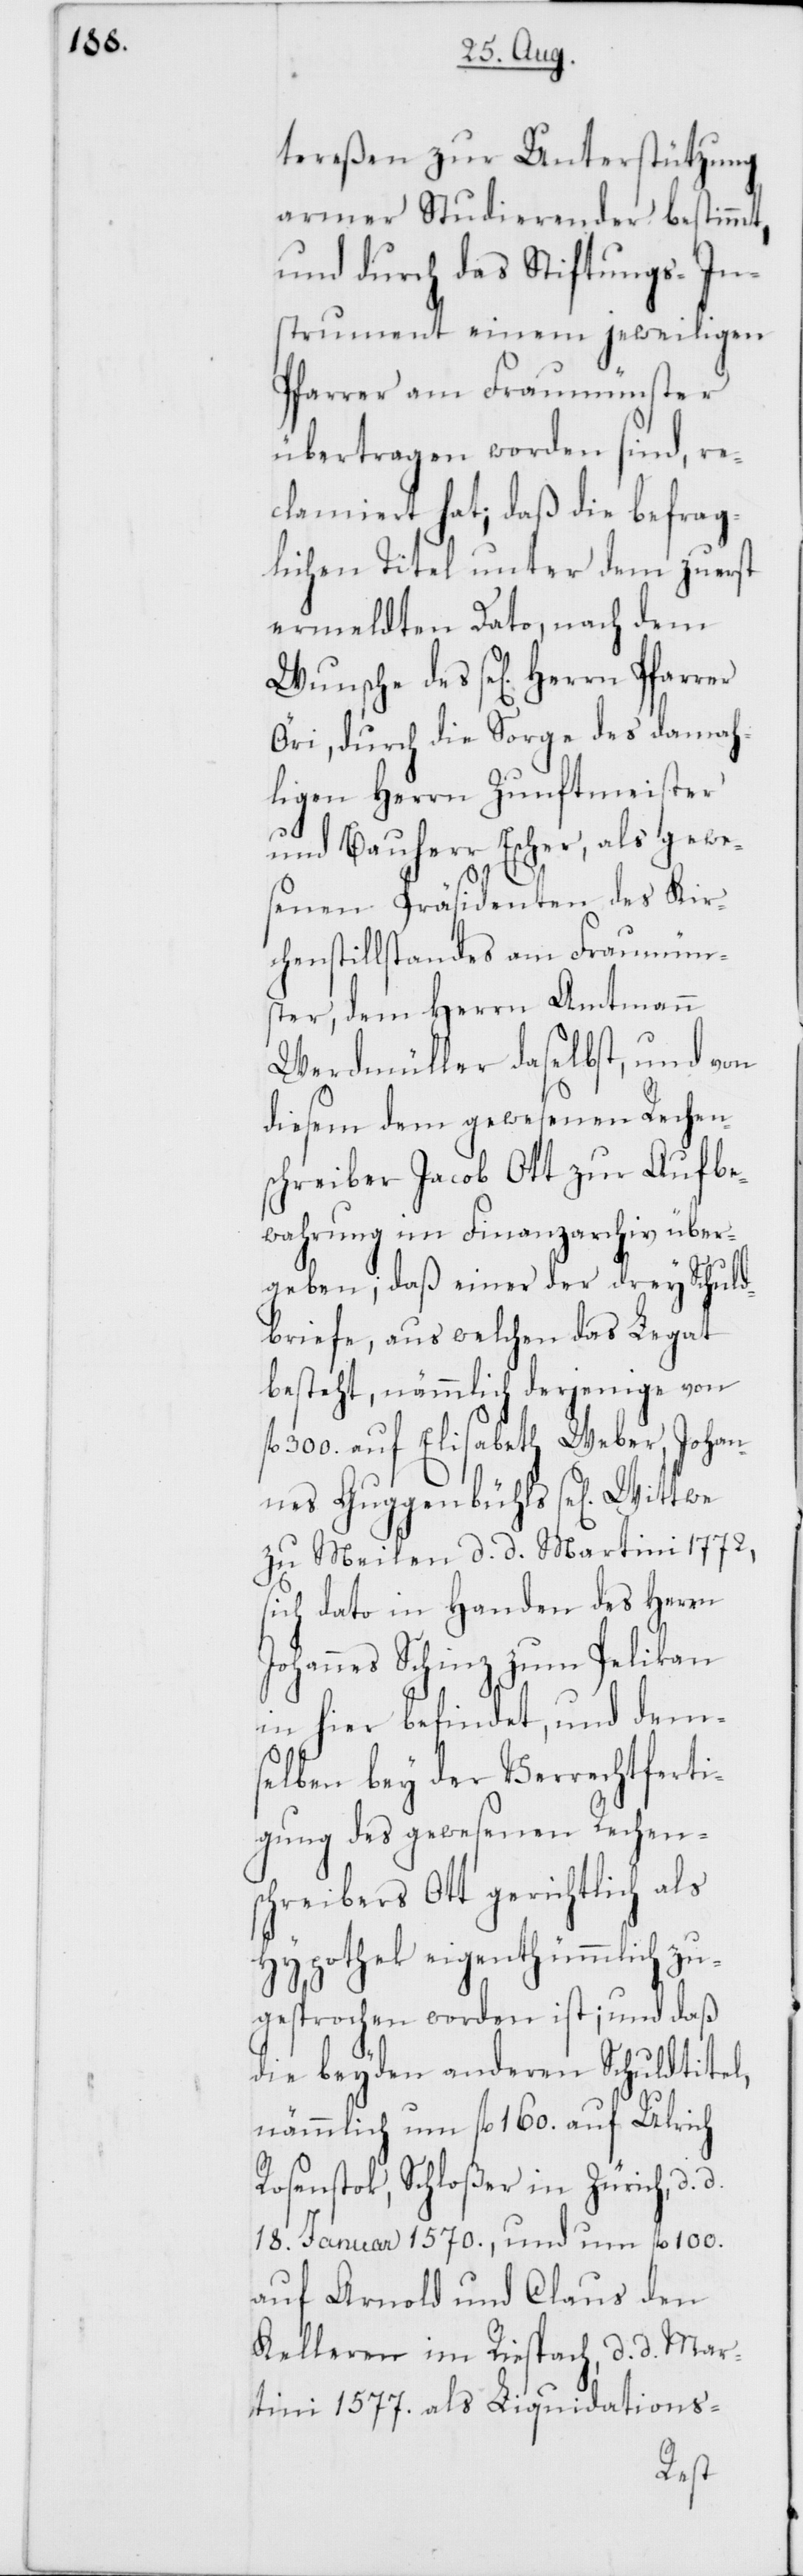
tereßen zur Unterstützung
armer Studierender bestimmt,
und durch das Stiftungs-In¬
strument einem jeweiligen
Pfarrer am Fraumünster
übertragen worden sind, re¬
clamiert hat; daß die befrag¬
lichen Titel unter dem zuerst
ermeldten Dato, nach dem
Wunsche des sel. Herrn Pfarrer
Öri, durch die Sorge des damah¬
ligen Herrn Zunftmeister
und Bauherr Escher, als gewe¬
senen Präsidenten des Kir¬
chenstillstandes am Fraumüns¬
ter, dem Herrn Amtmann
Werdmüller daselbst, und von
diesem dem gewesenen Rechen¬
schreiber Jacob Ott zur Aufbe¬
wahrung im Finanzarchiv über¬
geben; daß einer der drey Schuld¬
briefe, aus welchen das Legat
besteht, nämmlich derjenige von
300. auf Elisabeth Weber, Johan¬
nes Guggenbühls sel. Wittwe
zu Meilen d. d. Martini 1772,
sich dato in Handen des Herrn
Johannes Schinz zum Pelikan
in hier befindet, und dem¬
selben bey der Verrechtferti¬
gung des gewesenen Rechen¬
schreibers Ott gerichtlich als
Hypothek eigenthümmlich zu¬
gesprochen worden ist; und daß
die beyden anderen Schuldtitel,
nämmlich um fl. 160. auf Ulrich
Rosenstok, Schloßer in Zürich, d.
18ten Januar 1570., und um fl. 100.
auf Arnold und Claus den
Kelleren im Riespach, d. d. Mar¬
tini 1577. als Liquidations-